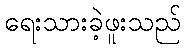
ရေးသားခဲ့ဖူးသည်